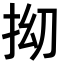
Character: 𫼡